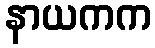
နာယကက